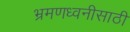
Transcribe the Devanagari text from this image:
भ्रमणध्वनीसाठी